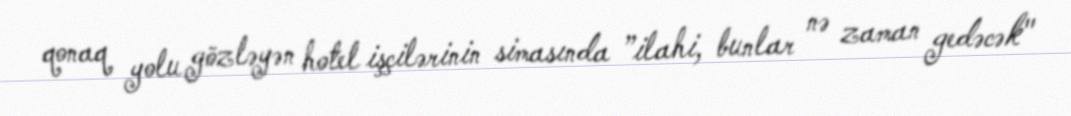
qonaq yolu gözləyən hotel işçilərinin simasında ”ilahi, bunlar nə zaman gedəcək"